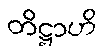
တိဋ္ဌာဟိ